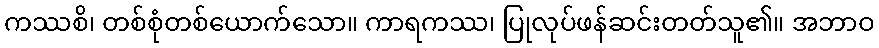
ကဿစိ၊ တစ်စုံတစ်ယောက်သော။ ကာရကဿ၊ ပြုလုပ်ဖန်ဆင်းတတ်သူ၏။ အဘာဝ